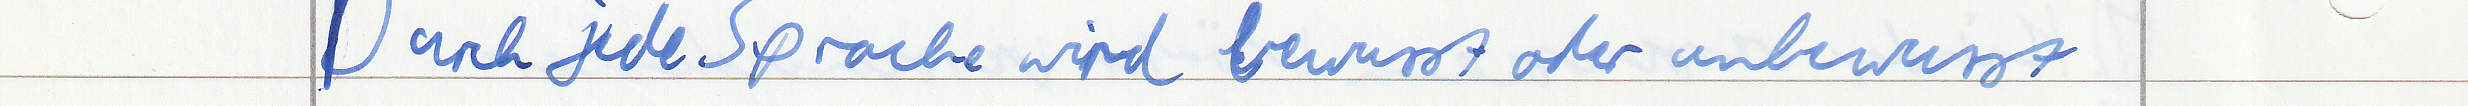
Durch jede Sprache wird bewusst oder unbewusst